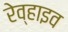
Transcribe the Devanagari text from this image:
रेव्हाइव